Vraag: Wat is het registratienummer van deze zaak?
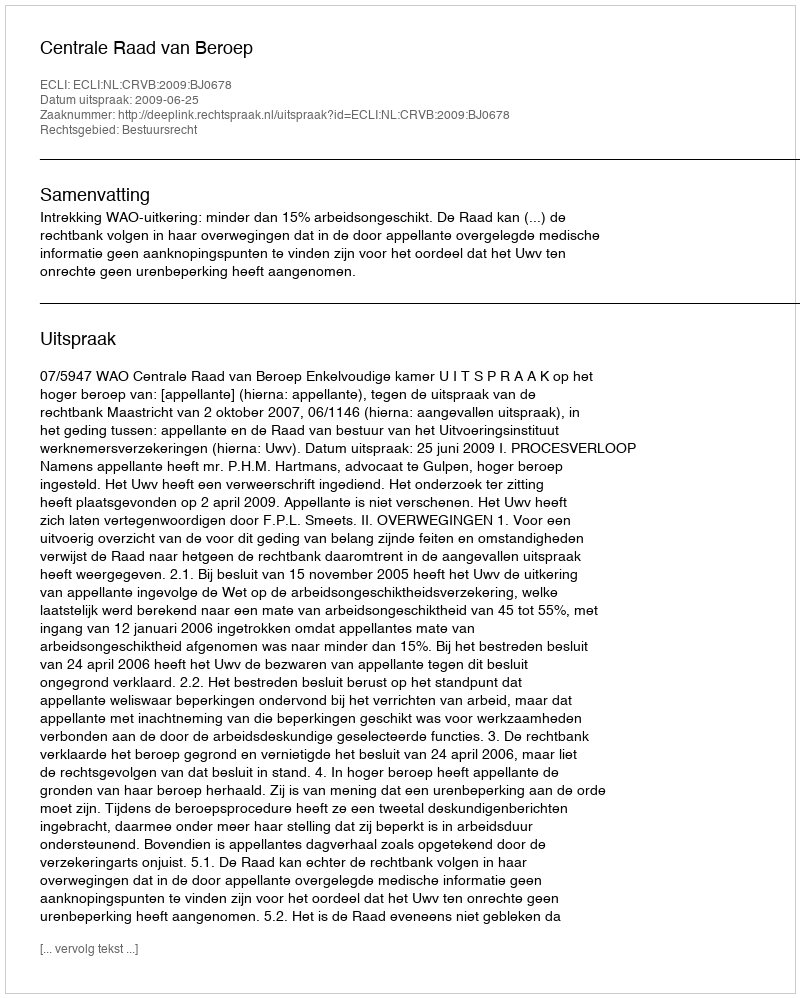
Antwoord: http://deeplink.rechtspraak.nl/uitspraak?id=ECLI:NL:CRVB:2009:BJ0678